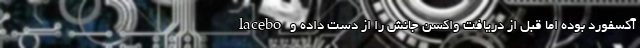
lacebo آکسفورد بوده اما قبل از دریافت واکسن جانش را از دست داده و